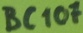
Text: BC107